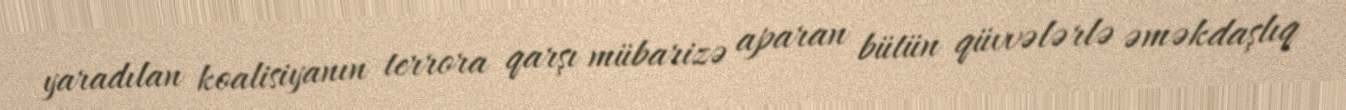
yaradılan koalisiyanın terrora qarşı mübarizə aparan bütün qüvvələrlə əməkdaşlıq